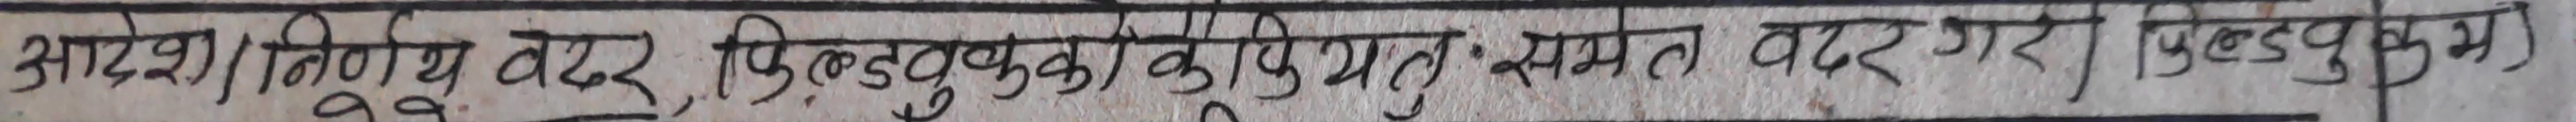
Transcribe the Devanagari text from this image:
आदेश/निर्णय वढर फिलटुक्टुकि, कुपिथतु: समेत वढर गरग फिल्टुङगु रुम्भा